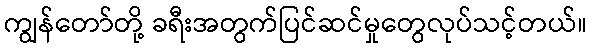
ကျွန်တော်တို့ ခရီးအတွက်ပြင်ဆင်မှုတွေလုပ်သင့်တယ်။